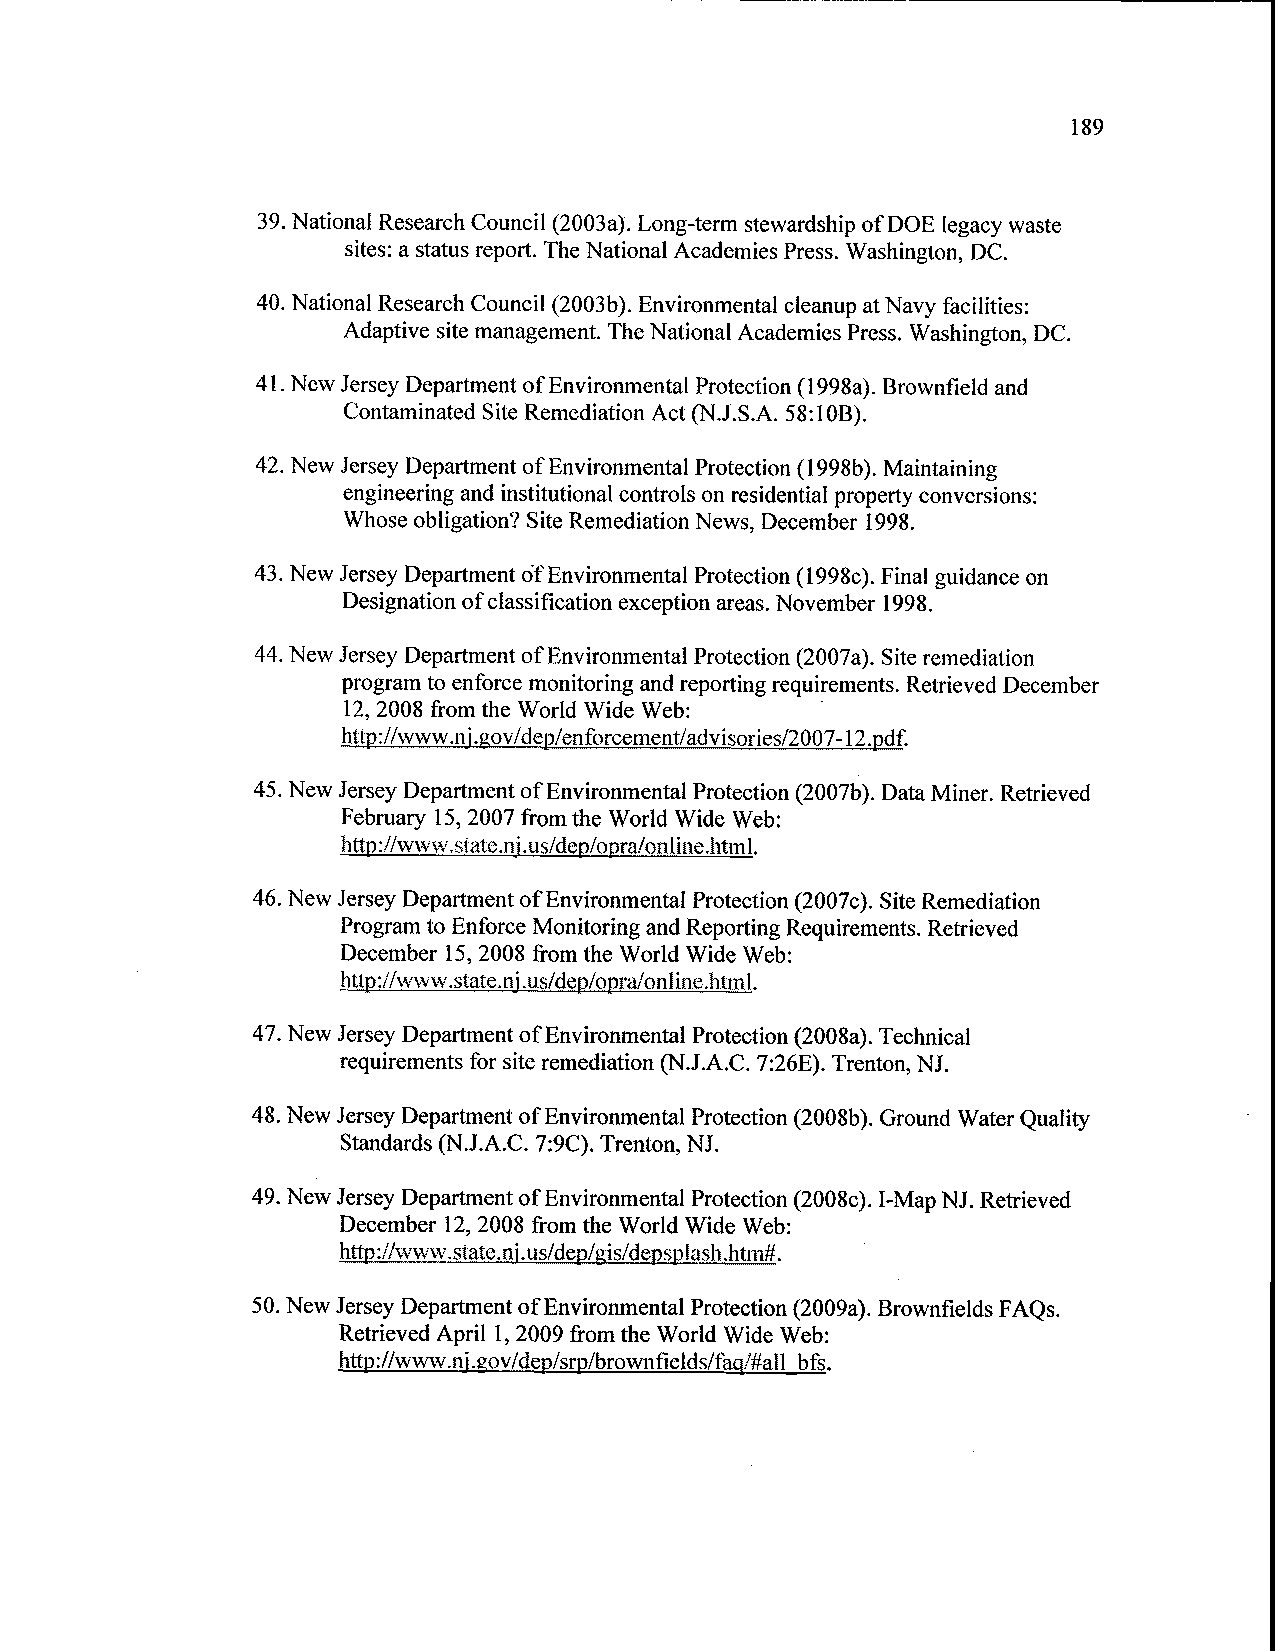
189
 39.National Research Council (2003a). Long-term stewardship of DOE legacy waste
 sites: a status report. The National Academies Press. Washington, DC.
 40.National Research Council (2003b). Environmental cleanup at Navy facilities:
 Adaptive site management. The National Academies Press. Washington, DC.
 41.New Jersey Department of Environmental Protection (1998a). Brownfield and
 Contaminated Site Remediation Act (N.J.S.A. 58:10B).
 42.New Jersey Department of Environmental Protection (1998b). Maintaining
 engineering and institutional controls on residential property conversions:
 Whose obligation? Site Remediation News, December 1998.
 43.New Jersey Department of Environmental Protection (1998c). Final guidance on
 Designation of classification exception areas. November 1998.
 44.New Jersey Department of Environmental Protection (2007a). Site remediation
 program to enforce monitoring and reporting requirements. Retrieved December
 12, 2008 from the World Wide Web:
 http://www.nj.gov/dep/enforcement/advisories/2007-12.pdf.
 45.New Jersey Department of Environmental Protection (2007b). Data Miner. Retrieved
 February 15, 2007 from the World Wide Web:
 http://www.state.nj.us/dep/opra/online.html.
 46.New Jersey Department of Environmental Protection (2007c). Site Remediation
 Program to Enforce Monitoring and Reporting Requirements. Retrieved
 December 15, 2008 from the World Wide Web:
 http://www.state.nj us/dep/opra/on I in e.h tml.
 47.New Jersey Department of Environmental Protection (2008a). Technical
 requirements for site remediation (N.J.A.C. 7:26E). Trenton, NJ.
 48.New Jersey Department of Environmental Protection (2008b). Ground Water Quality
 Standards (N.J.A.C. 7:9C). Trenton, NJ.
 49.New Jersey Department of Environmental Protection (2008c). I-Map NJ. Retrieved
 December 12, 2008 from the World Wide Web:
 http://www.state.nj.us/dep/gis/depsplash.htm#.
 50.New Jersey Department of Environmental Protection (2009a). Brownfields FAQs.
 Retrieved April 1, 2009 from the World Wide Web:
 http://www .nj gov/d ep/srp/brownfields s/faq/#all bfs.